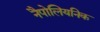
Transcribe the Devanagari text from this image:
नैपोलियनिक